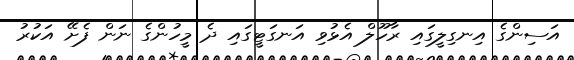
އަސިންގެ އިނގިލީގައި ރާހޫލް އެޅުވި އަނގަޓީގައި ދެ މީހުންގެ ނަން ފެށޭ އަކުރު